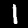
Digit: 1